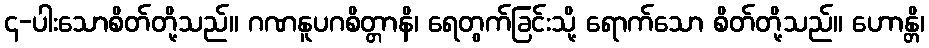
၄-ပါးသောစိတ်တို့သည်။ ဂဏနူပဂစိတ္တာနိ၊ ရေတွက်ခြင်းသို့ ရောက်သော စိတ်တို့သည်။ ဟောန္တိ၊